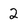
Character: 2